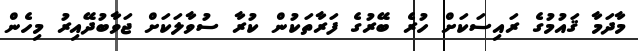
މާދަމާ ޤައުމުގެ ރައިސަކަށް ހުރެ ބޭރުގެ ފަރާތަކުން ކުރާ ސުވާލަކަށް ޖަވާބުދޭއިރު މިހެން